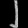
Digit: ၂